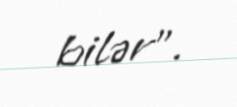
bilər”.